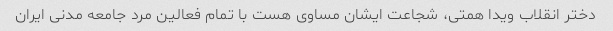
دختر انقلاب ویدا همتی، شجاعت ایشان مساوی هست با تمام فعالین مرد جامعه مدنی ایران